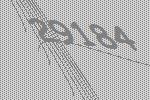
29184